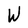
Character: W